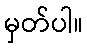
မှတ်ပါ။